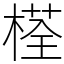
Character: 𣗎